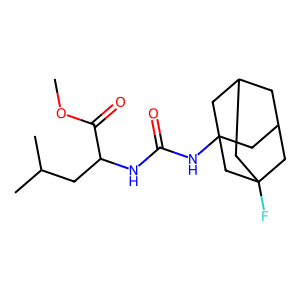
SMILES: COC(=O)C(CC(C)C)NC(=O)NC12CC3CC(CC(F)(C3)C1)C2
Inhibits HIV replication: No